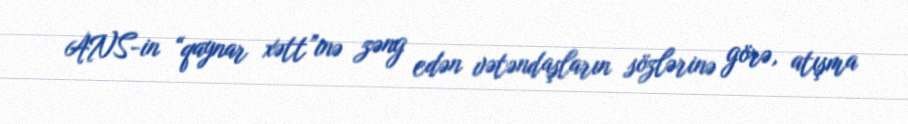
ANS-in “qaynar xətt”inə zəng edən vətəndaşların sözlərinə görə, atışma